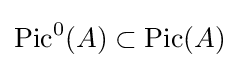
\operatorname {Pic} ^{0}(A)\subset \operatorname {Pic} (A)